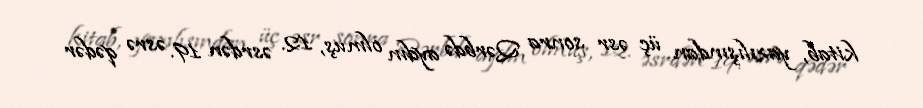
kitab, yazılışından üç əsr sonra Qərbdə aydın olmuş, 12. əsrdən 19. əsrə qədər